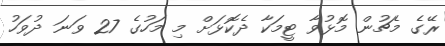
ރޭގެ މެޗުން މޮޅުވާ ޓީމަކާ ދެކޮޅަށް މި މަހުގެ 27 ވަނަ ދުވަހު